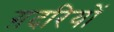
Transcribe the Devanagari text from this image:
ग़दरियों